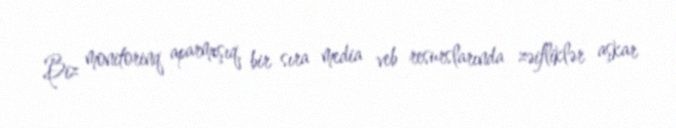
Biz monitorinq aparmışıq, bir sıra media veb resurslarında zəifliklər aşkar